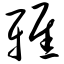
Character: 雅